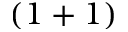
( 1 + 1 )